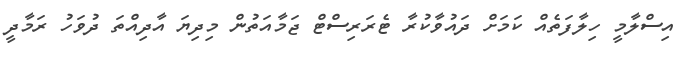
އިސްލާމީ ހިލާފަތެއް ކަމަށް ދައުވާކުރާ ޓެރަރިސްޓް ޖަމާއަތުން މިދިޔަ އާދިއްތަ ދުވަހު ރަމާދީ